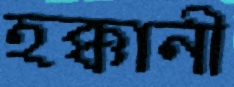
হক্কানী